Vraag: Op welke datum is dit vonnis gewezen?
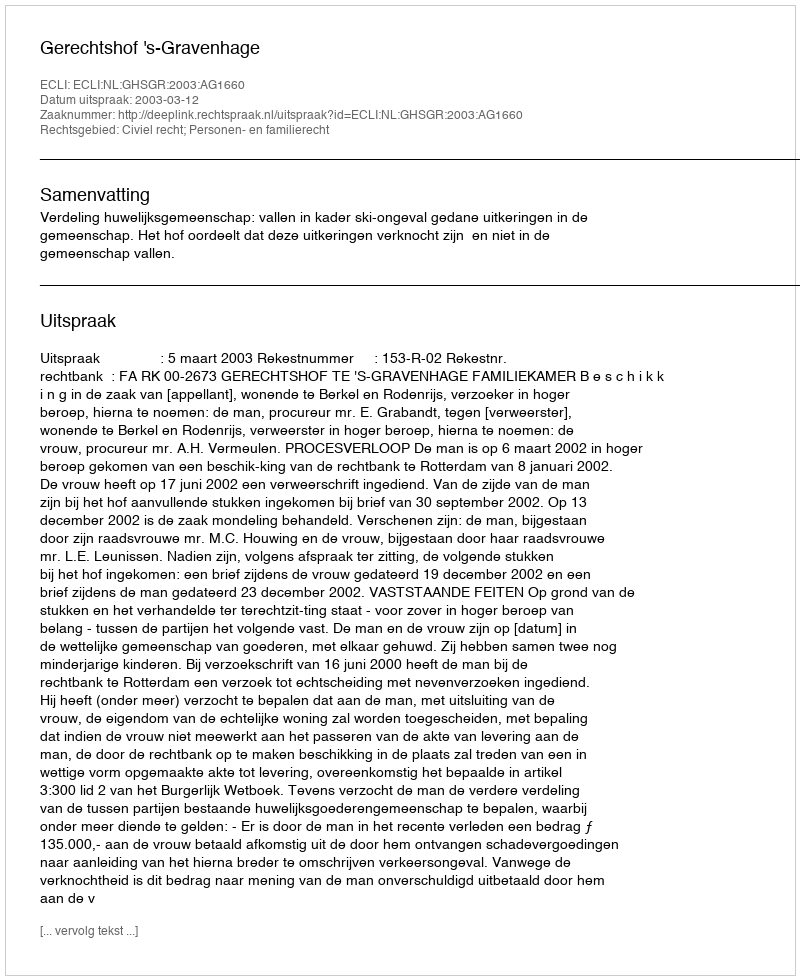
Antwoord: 2003-03-12